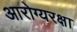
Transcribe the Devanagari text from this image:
आरोग्यरक्षा